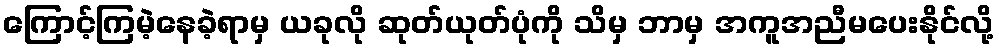
ကြောင့်ကြမဲ့နေခဲ့ရာမှ ယခုလို ဆုတ်ယုတ်ပုံကို သိမှ ဘာမှ အကူအညီမပေးနိုင်လို့